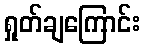
ရှုတ်ချကြောင်း